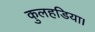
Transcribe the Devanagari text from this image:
कुलहडिया।